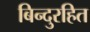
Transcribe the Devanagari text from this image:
बिन्दुरहित